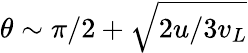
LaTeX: \theta\sim\pi/2+\sqrt{2u/3v_{L}}